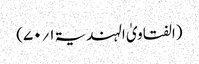
(الفتاویٰ الہندیۃ ۱؍۷۰)